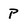
Character: P